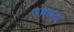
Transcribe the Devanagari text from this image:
जबाबदर